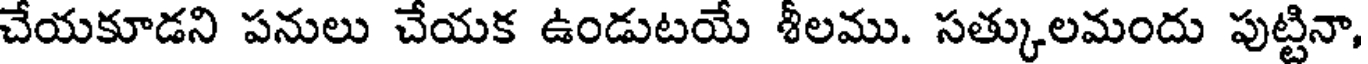
చేయకూడని పనులు చేయక ఉండుటయే శీలము. సత్కులమందు పుట్టినా